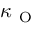
\kappa _ { \mathrm { ~ O ~ } }